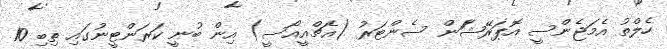
ހެލްތު އެމަޖެންސީ އޮޕަރޭޝަަން ސެންޓަރު (އެޗްއީއޯސީ) އިން ބުނީ ކަރަންޓީނުގައި ތިބި 10